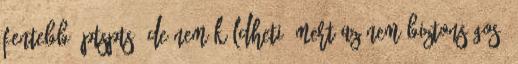
fentebb. ptspts: de nem küldheti, mert az nem biztonságos.